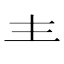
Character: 龶